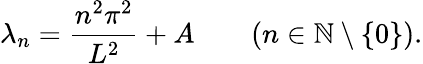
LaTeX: \lambda_{n}={\frac{n^{2}\pi^{2}}{L^{2}}}+A\qquad(n\in\mathbb{N}\setminus\{ 0\} ).